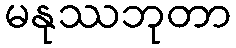
မနုဿဘုတာ